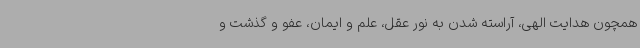
همچون هدایت الهی، آراسته شدن به نور عقل، علم و ایمان، عفو و گذشت و